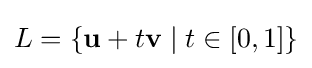
L=\{\mathbf {u} +t\mathbf {v} \mid t\in [0,1]\}